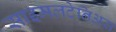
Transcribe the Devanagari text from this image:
साइमलटेनिअस